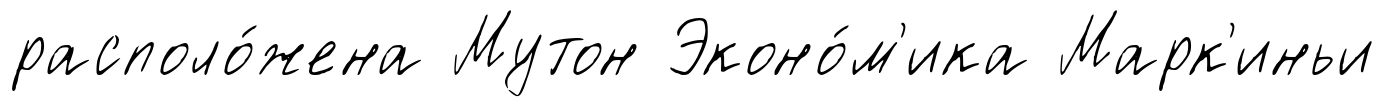
располо́жена Мутон Эконо́м'ика Марк'иньи